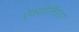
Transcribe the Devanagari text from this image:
ऐक्सीलिरेटर